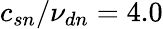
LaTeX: c_{sn}/{\nu_{dn}}=4.0